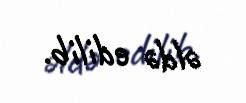
əldə edilib.